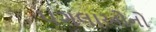
પગલાઓનો